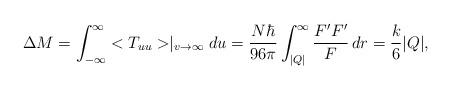
LaTeX: \begin{align*}\Delta M=\int_{-\infty}^{\infty}<T_{uu}>\mid_{v\rightarrow \infty}du=\frac{N\hbar}{96\pi}\int_{|Q|}^{\infty}\frac{F'F'}{F}\,dr=\frac{k}{6}|Q|,\end{align*}